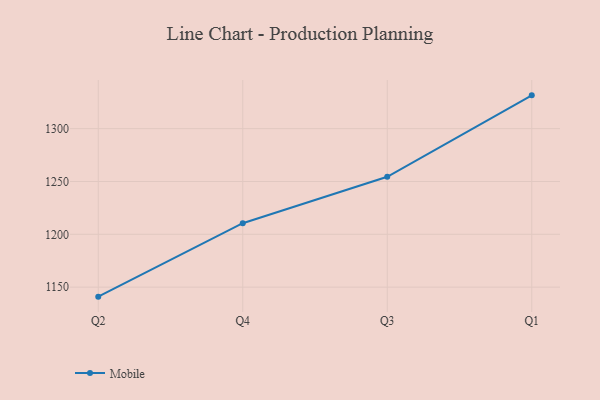
{"axis": {"x": "Quarter", "y": "Conversion Rate (%)"}, "legend": ["Mobile"], "data": [{"x": "Q2", "y": 1141.0, "type": "Mobile"}, {"x": "Q4", "y": 1210.5, "type": "Mobile"}, {"x": "Q3", "y": 1254.4, "type": "Mobile"}, {"x": "Q1", "y": 1331.5, "type": "Mobile"}]}